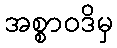
အစ္စာဝဒိမှ